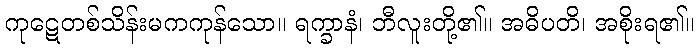
ကုဋေတစ်သိန်းမကကုန်သော။ ရက္ခာနံ၊ ဘီလူးတို့၏။ အဓိပတိ၊ အစိုးရ၏။